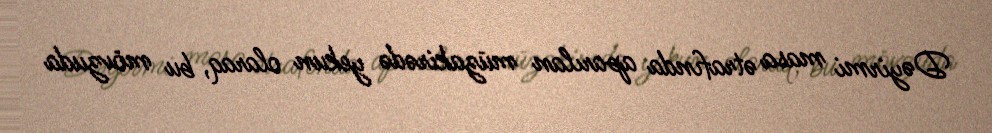
Dəyirmi masa ətrafında aparılan müzakirədə yekun olaraq, bu mövzuda